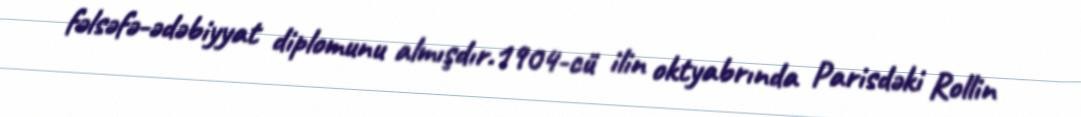
fəlsəfə-ədəbiyyat diplomunu almışdır.1904-cü ilin oktyabrında Parisdəki Rollin